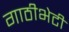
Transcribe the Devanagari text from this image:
गाठीभेटी